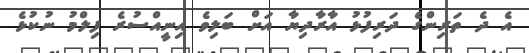
އެ ދެ ތަރިންގެ ދަރިފުޅު އާރާދިޔާ އަށް ބަލިވެ އިނީއްސުރެ ފިލްމު ނުކުޅެ